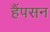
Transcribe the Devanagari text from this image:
हैंपसन